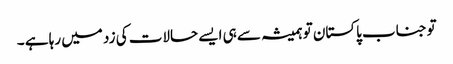
توجناب پاکستان تو ہمیشہ سے ہی ایسے حالات کی زد میں رہا ہے ۔